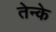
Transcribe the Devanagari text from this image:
तेन्के